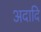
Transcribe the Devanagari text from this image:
अदादि